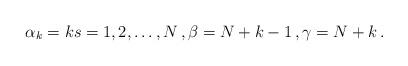
LaTeX: \begin{align*} \alpha_k=k s=1,2,\dots,N\, , \beta= N+k-1\, , \gamma=N+k\, . \end{align*}